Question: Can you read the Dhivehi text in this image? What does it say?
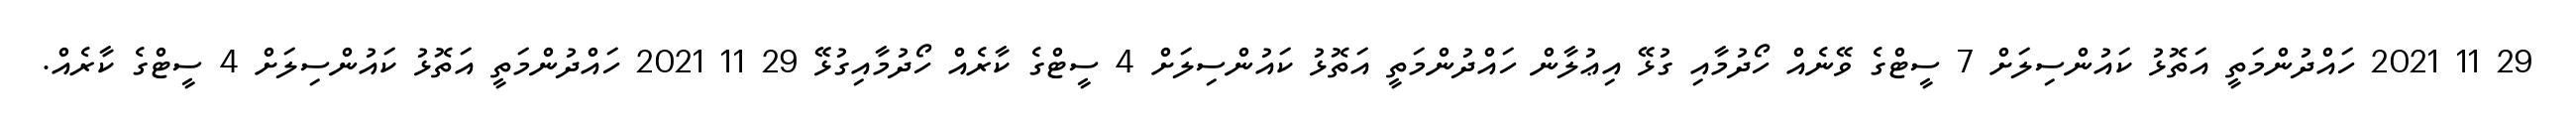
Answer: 29 11 2021 ހައްދުންމަތީ އަތޮޅު ކައުންސިލަށް 7 ސީޓްގެ ވޭނެއް ހޯދުމާއި ގުޅޭ އިޢުލާން ހައްދުންމަތީ އަތޮޅު ކައުންސިލަށް 4 ސީޓްގެ ކާރެއް ހޯދުމާއިގުޅޭ 29 11 2021 ހައްދުންމަތީ އަތޮޅު ކައުންސިލަށް 4 ސީޓްގެ ކާރެއް.